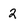
Character: 2